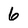
Character: 6